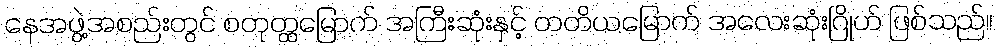
နေအဖွဲ့အစည်းတွင် စတုတ္ထမြောက် အကြီးဆုံးနှင့် တတိယမြောက် အလေးဆုံးဂြိုဟ် ဖြစ်သည်။